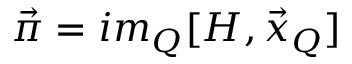
\vec { \pi } = i m _ { Q } [ { \cal H } , \vec { x } _ { Q } ]